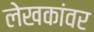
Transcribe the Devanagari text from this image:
लेखकांवर